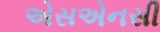
એસએનસી